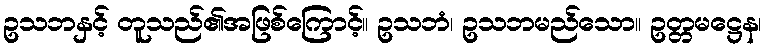
ဥသဘနှင့် တူသည်၏အဖြစ်ကြောင့်။ ဥသဘံ၊ ဥသဘမည်သော။ ဥတ္တမဋ္ဌေန၊